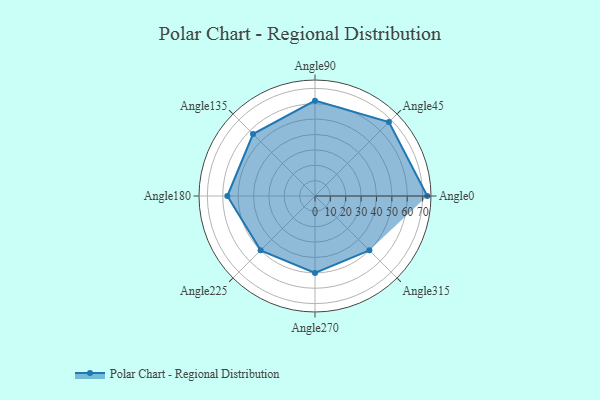
{"axis": {"x": "Angle", "y": "Radius"}, "legend": [""], "data": [{"x": "Angle0", "y": 73.0, "type": ""}, {"x": "Angle45", "y": 68.0, "type": ""}, {"x": "Angle90", "y": 62.0, "type": ""}, {"x": "Angle135", "y": 57.0, "type": ""}, {"x": "Angle180", "y": 57.0, "type": ""}, {"x": "Angle225", "y": 50, "type": ""}, {"x": "Angle270", "y": 50, "type": ""}, {"x": "Angle315", "y": 50, "type": ""}]}